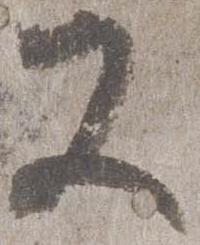
又